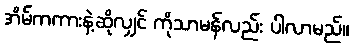
အိမ်ကကားနဲ့ဆိုလျှင် ကိုသာမန်လည်း ပါလာမည်။